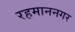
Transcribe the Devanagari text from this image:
रहमाननगर